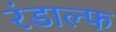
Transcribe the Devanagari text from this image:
रंडाल्फ